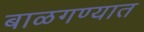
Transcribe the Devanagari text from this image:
बाळगण्यात